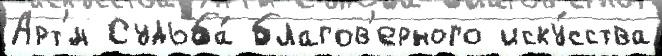
Арт'́м Судьба́ благов'ерного иску́сства